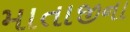
માતાજીના